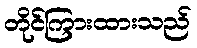
တိုင်ကြားထားသည်